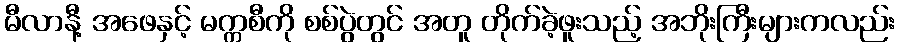
မီလာနီ့ အဖေနှင့် မက္ကစီကို စစ်ပွဲတွင် အတူ တိုက်ခဲ့ဖူးသည့် အဘိုးကြီးများကလည်း